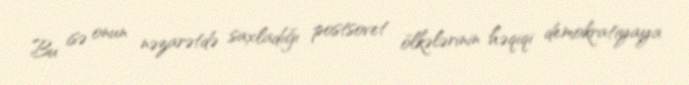
Bu isə onun nəzarətdə saxladığı postsovet ölkələrinin həqiqi demokratiyaya